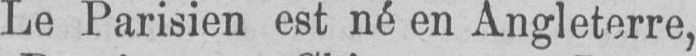
Le Parisien est né en Angleterre,